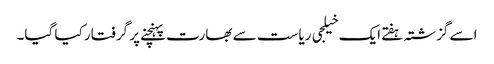
اسے گزشتہ ہفتے ایک خیلجی ریاست سے بھارت پہنچنے پر گرفتار کیا گیا۔